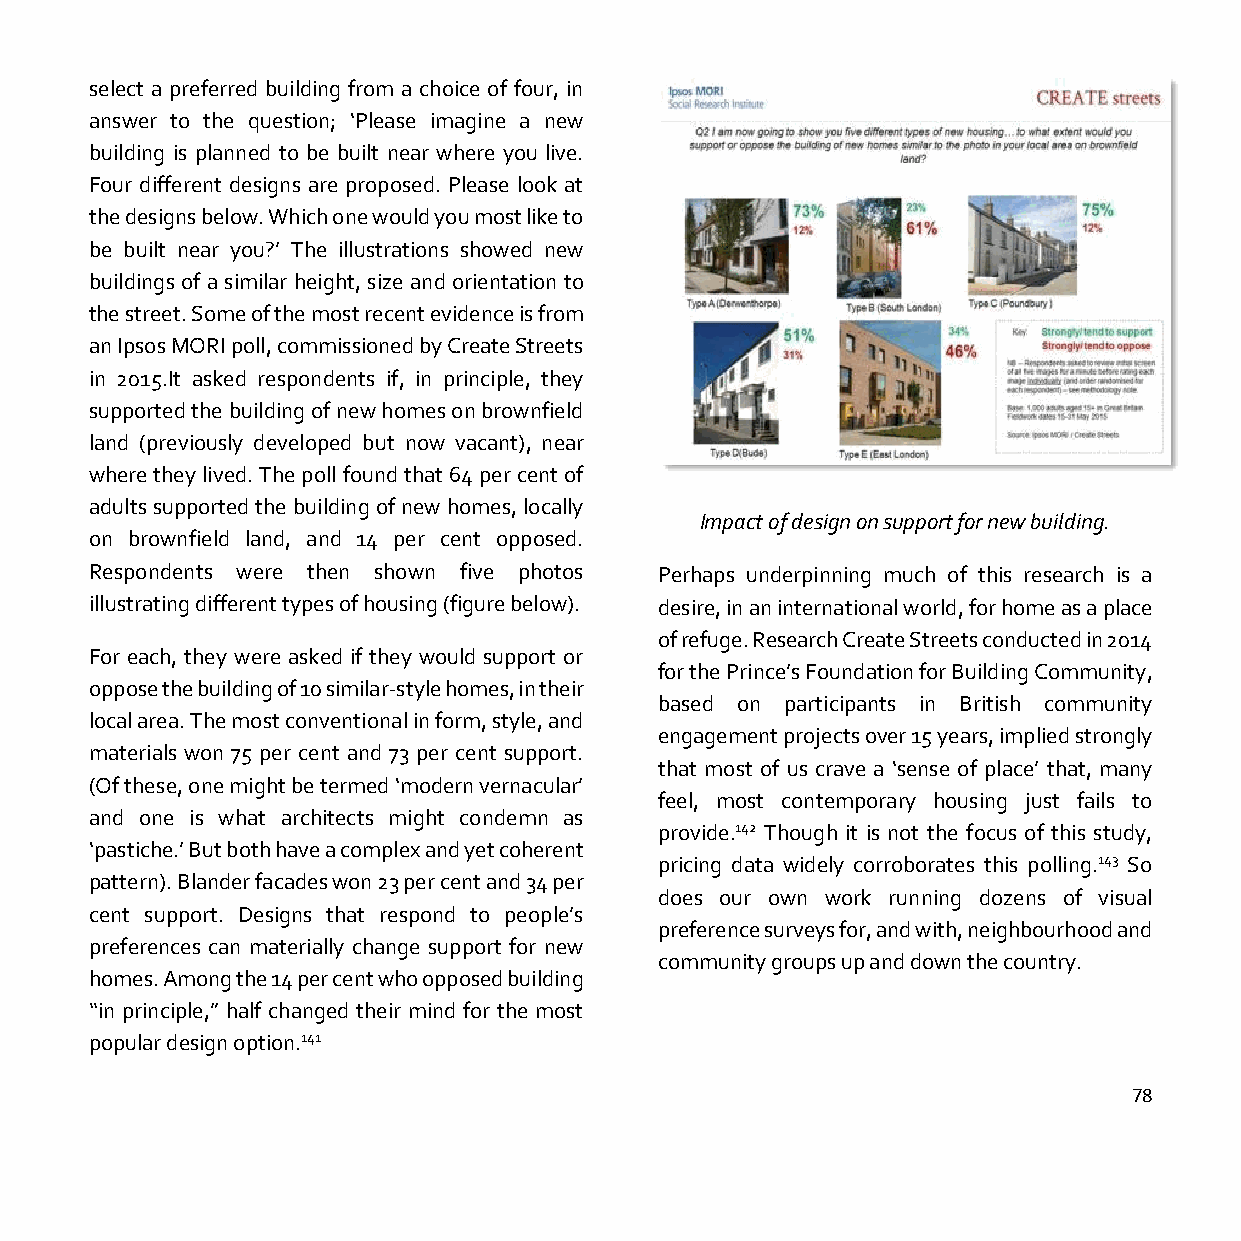
select a preferred building from a choice of four, in
 answer to the question; ‘Please imagine a new
 building is planned to be built near where you live.
 Four different designs are proposed. Please look at
 the designs below. Which one would you most like to
 be built near you?’ The illustrations showed new
 buildings of a similar height, size and orientation to
 the street. Some of the most recent evidence is from
 an Ipsos MORI poll, commissioned by Create Streets
 in 2015.It asked respondents if, in principle, they
 supported the building of new homes on brownfield
 land (previously developed but now vacant), near
 where they lived. The poll found that 64 per cent of
 adults supported the building of new homes, locally
 Impact of design on support for new building.
 on brownfield land, and 14 per cent opposed.
 Respondents were then shown five photos Perhaps underpinning much of this research is a
 illustrating different types of housing (figure below). desire, in an international world, for home as a place
 of refuge. Research Create Streets conducted in 2014
 For each, they were asked if they would support or
 for the Prince’s Foundation for Building Community,
 oppose the building of 10 similar-style homes, in their
 based on participants in British community
 local area. The most conventional in form, style, and
 engagement projects over 15 years, implied strongly
 materials won 75 per cent and 73 per cent support.
 that most of us crave a ‘sense of place’ that, many
 (Of these, one might be termed ‘modern vernacular’
 feel, most contemporary housing just fails to
 and one is what architects might condemn as
 provide.142 Though it is not the focus of this study,
 ‘pastiche.’ But both have a complex and yet coherent
 pricing data widely corroborates this polling.143 So
 pattern). Blander facades won 23 per cent and 34 per
 does our own work running dozens of visual
 cent support. Designs that respond to people’s
 preference surveys for, and with, neighbourhood and
 preferences can materially change support for new
 community groups up and down the country.
 homes. Among the 14 per cent who opposed building
 “in principle,” half changed their mind for the most
 popular design option.141
 78